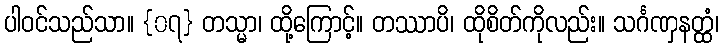
ပါဝင်သည်သာ။ {၀၇} တသ္မာ၊ ထို့ကြောင့်။ တဿာပိ၊ ထိုစိတ်ကိုလည်း။ သင်္ဂဏှနတ္ထံ၊